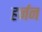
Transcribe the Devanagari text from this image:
हर्नन